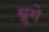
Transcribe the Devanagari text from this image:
ब्रूगे